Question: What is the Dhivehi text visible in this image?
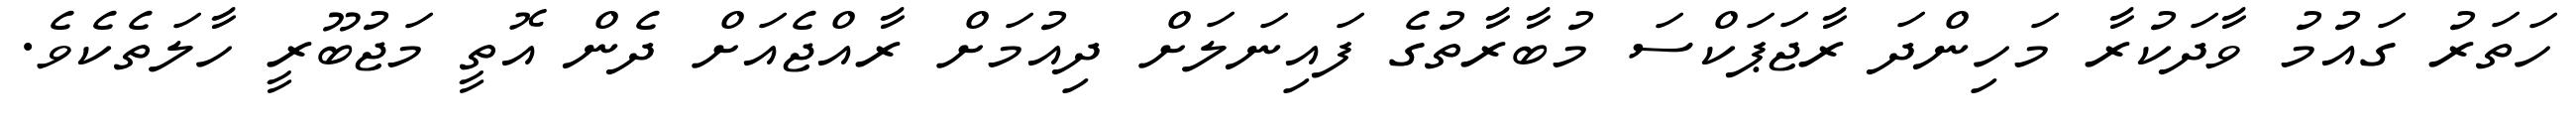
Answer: ހަތަރު ގައުމު ވާދަކުރާ މަހިންދަ ރާޖަޕަކްސަ މުބާރާތުގެ ފައިނަލަށް ދިއުމަށް ރާއްޖެއަށް ދެން އޮތީ މަޖުބޫރީ ހާލަތެކެވެ.